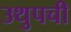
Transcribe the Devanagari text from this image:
उथुपची